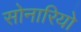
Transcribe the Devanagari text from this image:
सोनारियो